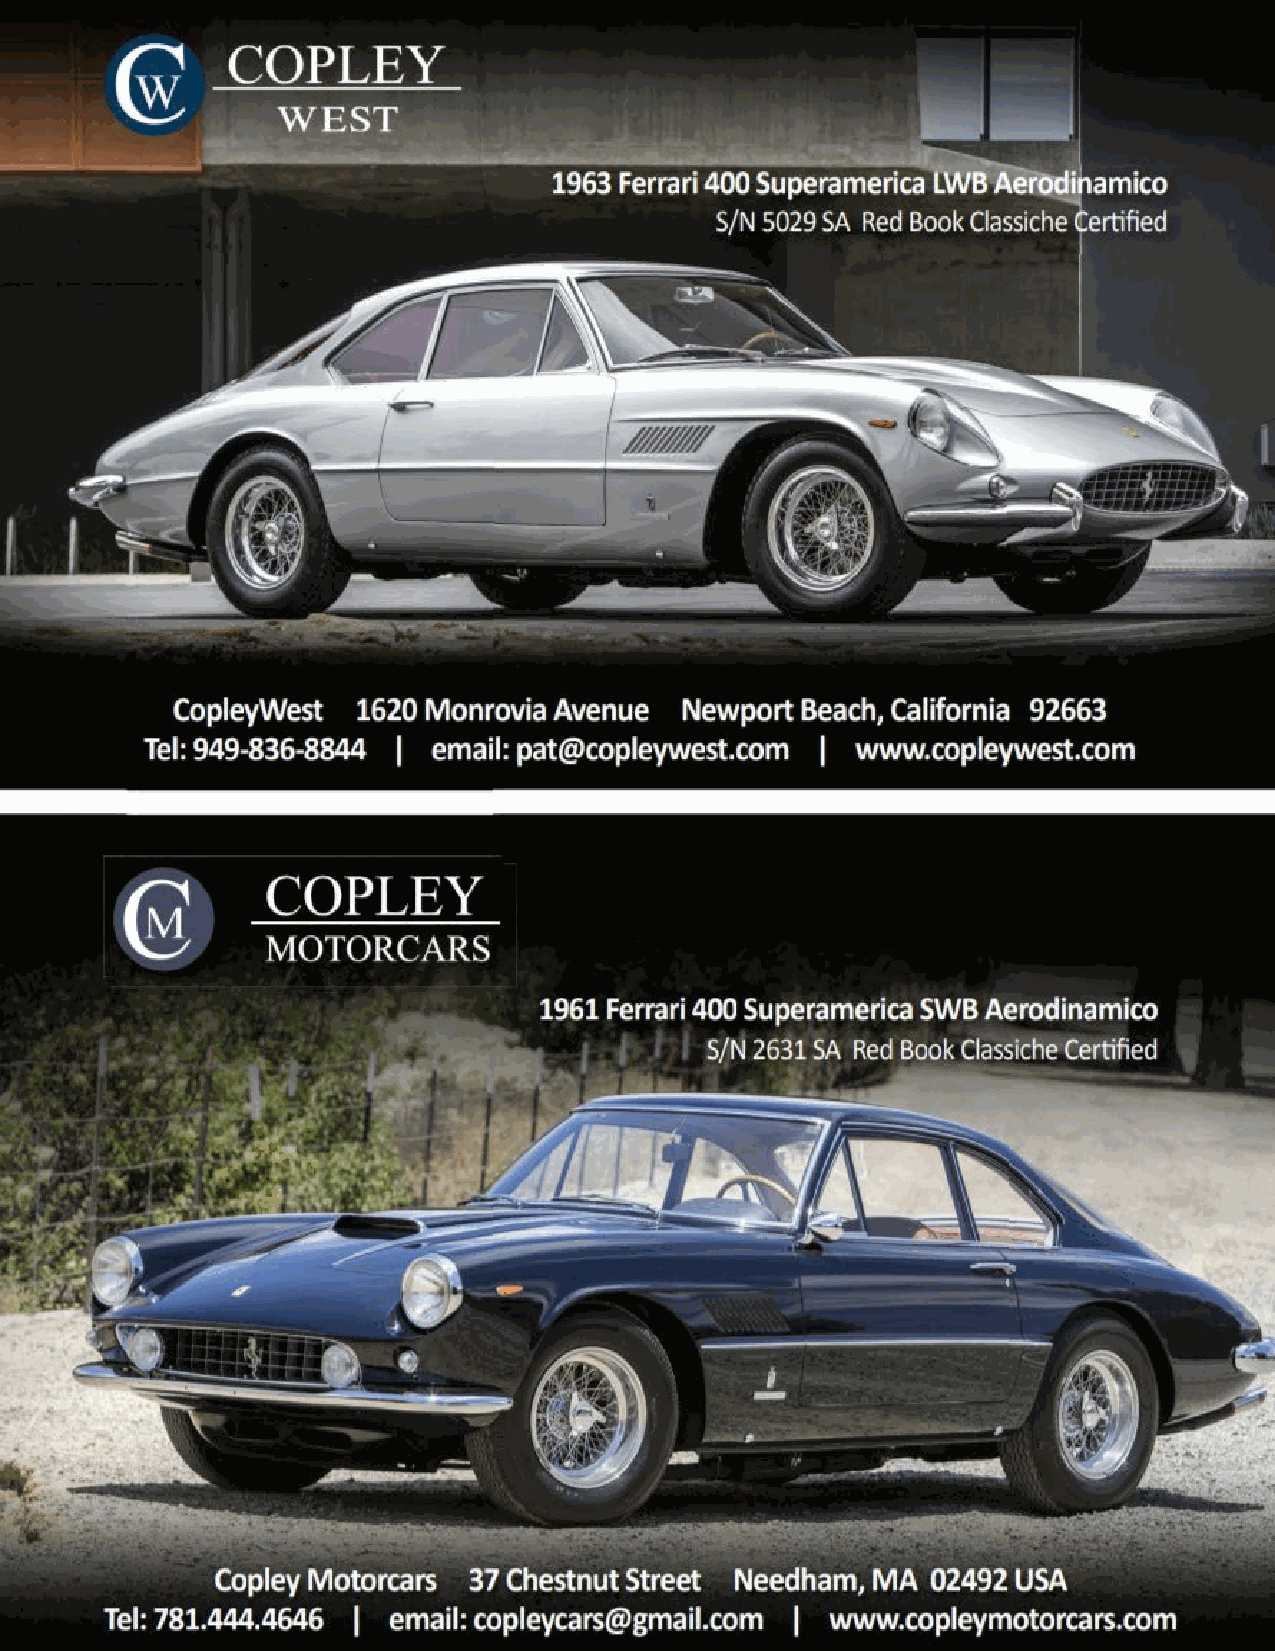
WINTER 2021-22                                                           17